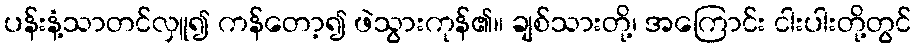
ပန်းနံ့သာတင်လှူ၍ ကန်တော့၍ ဖဲသွားကုန်၏။ ချစ်သားတို့၊ အကြောင်း ငါးပါးတို့တွင်